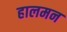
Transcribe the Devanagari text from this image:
हालमन